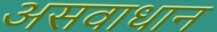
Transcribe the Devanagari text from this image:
असवाधान